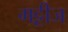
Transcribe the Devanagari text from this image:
गट्टीज